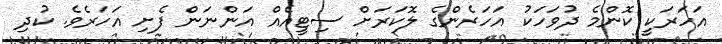
އަހަރަކީ ކޮންމެ ދުވަހަކު އަހަރެންގެ ލޮކަރަށް ސިޓީއެއް އަންނަން ފެށި އަހަރެވެ. ކުދި